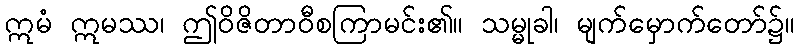
ဣမံ ဣမဿ၊ ဤဝိဇိတာဝီစကြာမင်း၏။ သမ္မုခါ၊ မျက်မှောက်တော်၌။